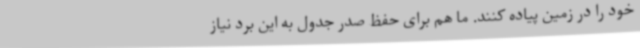
خود را در زمین پیاده کنند. ما هم برای حفظ صدر جدول به این برد نیاز